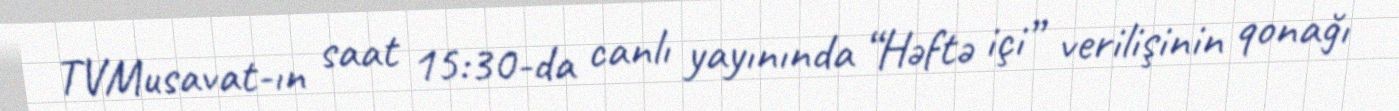
TVMusavat-ın saat 15:30-da canlı yayınında “Həftə içi” verilişinin qonağı